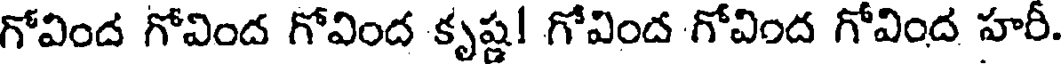
గోవింద గోవింద గోవింద కృష్ణ! గోవింద గోవింద గోవింద హరీ